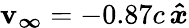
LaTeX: \boldsymbol{\mathbf{v}_{\infty}}=-0.87c\, \boldsymbol{\hat{{x}}}